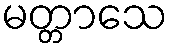
မတ္တာသေ